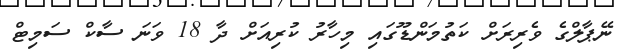
ނޭޕާލްގެ ވެރިރަށް ކަތުމަންޑޫގައި މިހާރު ކުރިއަށް ދާ 18 ވަނަ ސާކް ސަމިޓް